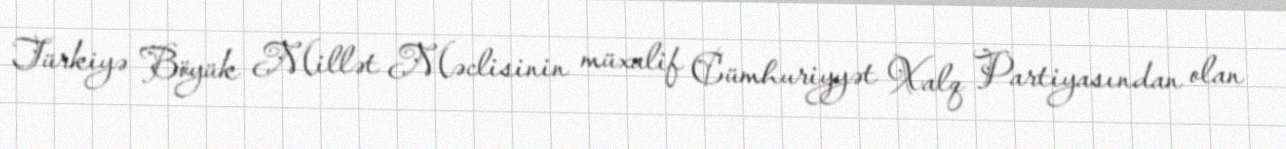
Türkiyə Böyük Millət Məclisinin müxalif Cümhuriyyət Xalq Partiyasından olan